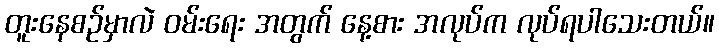
တူးနေစဉ်မှာလဲ ဝမ်းရေး အတွက် နေ့စား အလုပ်က လုပ်ရပါသေးတယ်။